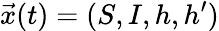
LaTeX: \vec{x}(t)=(S,I,h,h^{\prime})